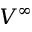
V ^ { \infty }